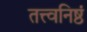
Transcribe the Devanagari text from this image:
तत्त्वनिष्ठं